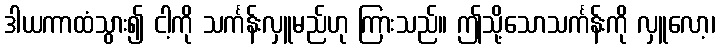
ဒါယကာထံသွား၍ ငါ့ကို သင်္ကန်းလှူမည်ဟု ကြားသည်။ ဤသို့သောသင်္ကန်းကို လှူလော့၊